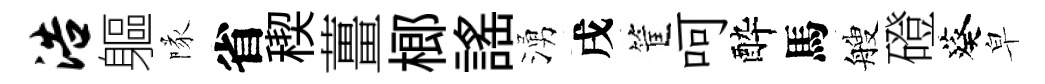
浩軀隊省稧薑榔謡湧戌筐呵酔馬艘磴葵皁